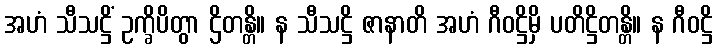
အဟံ သီသဋ္ဌိံ ဥက္ခိပိတွာ ဌိတန္တိ။ န သီသဋ္ဌိ ဇာနာတိ အဟံ ဂီဝဋ္ဌိမှိ ပတိဋ္ဌိတန္တိ။ န ဂီဝဋ္ဌိ